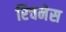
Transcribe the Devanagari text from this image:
रिचनेस